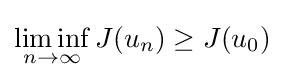
\liminf _{n\to \infty }J(u_{n})\geq J(u_{0})